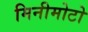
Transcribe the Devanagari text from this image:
मिनीमोटो